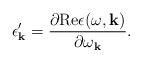
LaTeX: \begin{align*}\epsilon'_{\bf k}={\partial {\rm Re}\epsilon(\omega,{\bf k})\over \partial\omega _{\bf k}}.\end{align*}